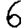
Digit: 6